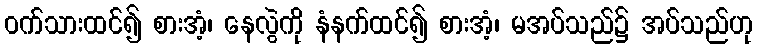
ဝက်သားထင်၍ စားအံ့၊ နေလွဲကို နံနက်ထင်၍ စားအံ့၊ မအပ်သည်၌ အပ်သည်ဟု